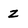
Character: Z